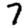
Digit: 7